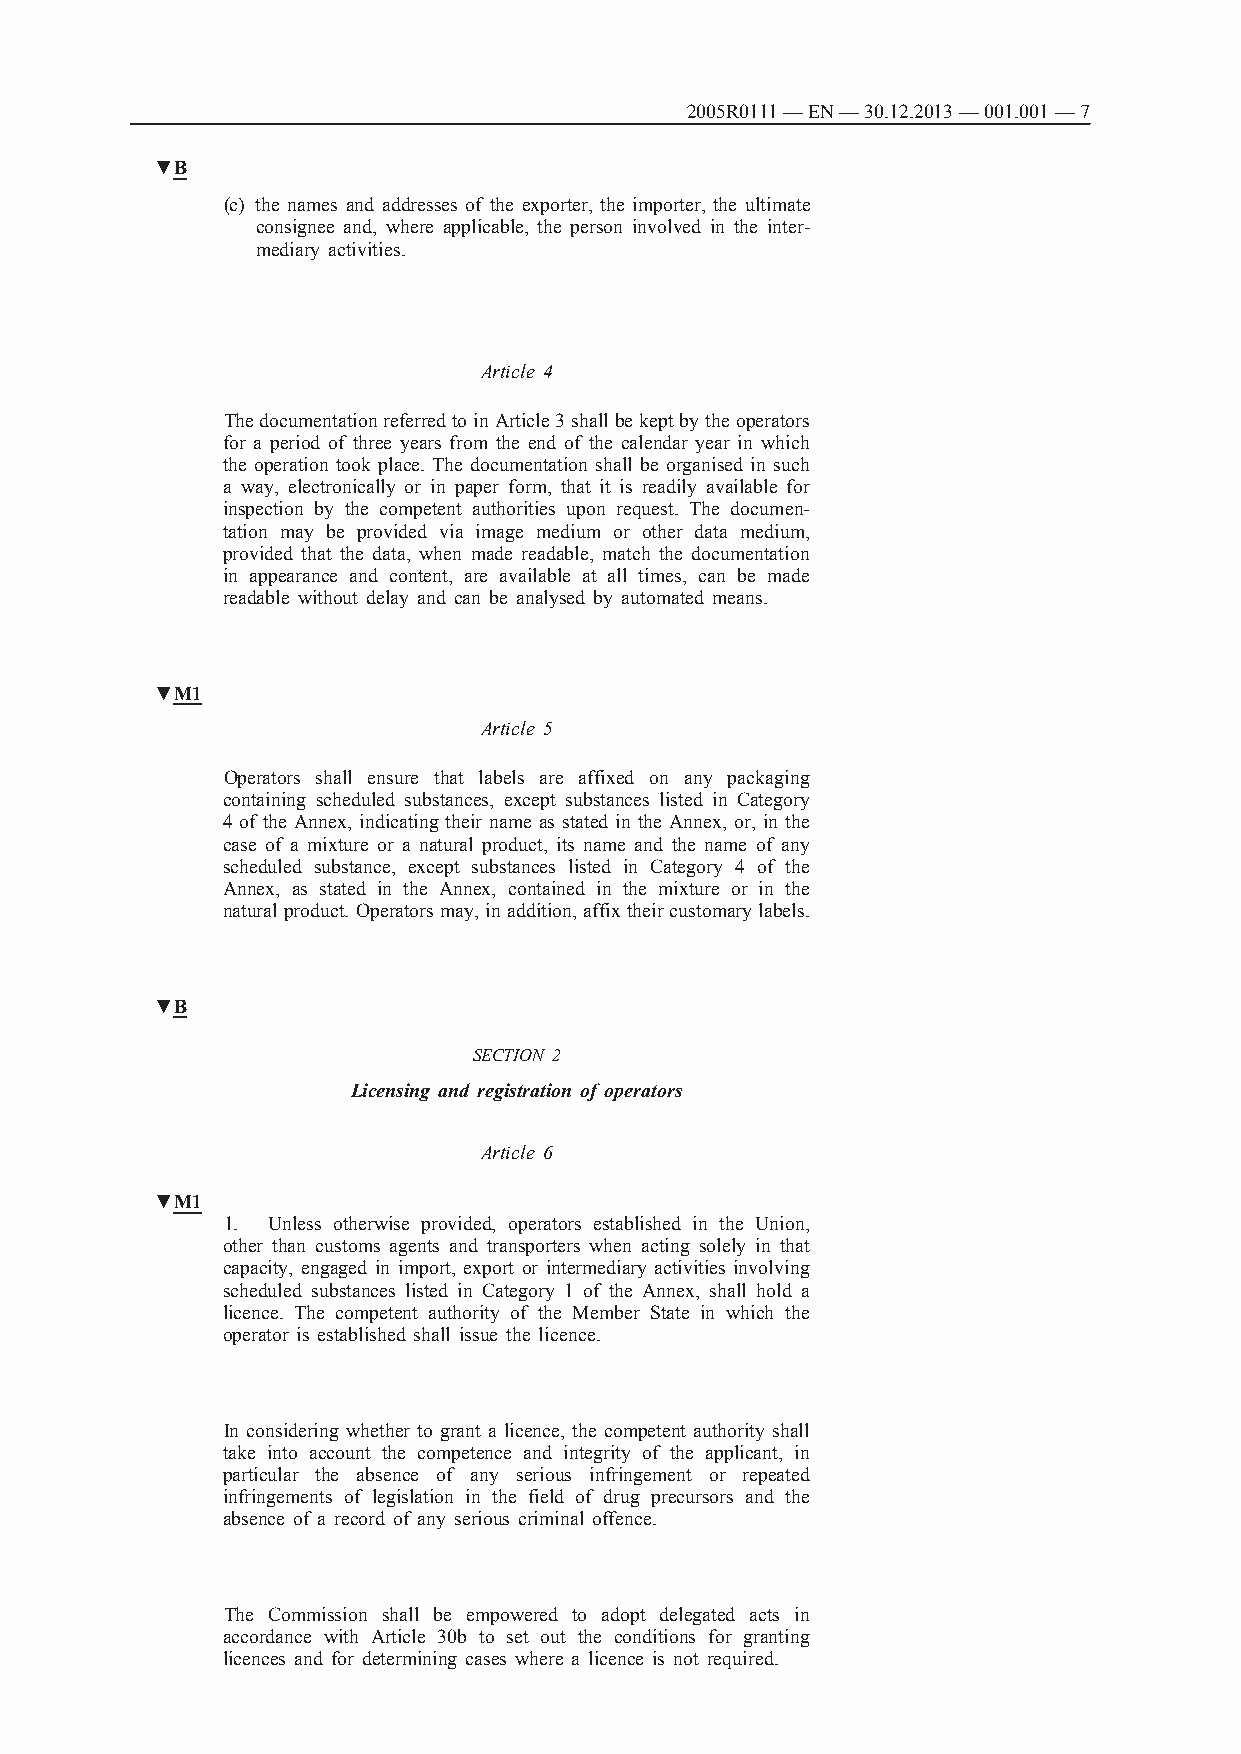
2005R0111 — EN — 30.12.2013 — 001.001 — 7
 ▼B
 (c) the names and addresses of the exporter, the importer, the ultimate
 consignee and, where applicable, the person involved in the inter­
 mediary activities.
 Article 4
 The documentation referred to in Article 3 shall be kept by the operators
 for a period of three years from the end of the calendar year in which
 the operation took place. The documentation shall be organised in such
 a way, electronically or in paper form, that it is readily available for
 inspection by the competent authorities upon request. The documen­
 tation may be provided via image medium or other data medium,
 provided that the data, when made readable, match the documentation
 in appearance and content, are available at all times, can be made
 readable without delay and can be analysed by automated means.
 ▼M1
 Article 5
 Operators shall ensure that labels are affixed on any packaging
 containing scheduled substances, except substances listed in Category
 4 of the Annex, indicating their name as stated in the Annex, or, in the
 case of a mixture or a natural product, its name and the name of any
 scheduled substance, except substances listed in Category 4 of the
 Annex, as stated in the Annex, contained in the mixture or in the
 natural product. Operators may, in addition, affix their customary labels.
 ▼B
 SECTION 2
 Licensing and registration of operators
 Article 6
 ▼M1
 1. Unless otherwise provided, operators established in the Union,
 other than customs agents and transporters when acting solely in that
 capacity, engaged in import, export or intermediary activities involving
 scheduled substances listed in Category 1 of the Annex, shall hold a
 licence. The competent authority of the Member State in which the
 operator is established shall issue the licence.
 In considering whether to grant a licence, the competent authority shall
 take into account the competence and integrity of the applicant, in
 particular the absence of any serious infringement or repeated
 infringements of legislation in the field of drug precursors and the
 absence of a record of any serious criminal offence.
 The Commission shall be empowered to adopt delegated acts in
 accordance with Article 30b to set out the conditions for granting
 licences and for determining cases where a licence is not required.